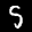
Label: 5